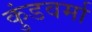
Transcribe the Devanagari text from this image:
कुंडवर्मा